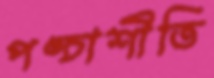
পঙ্চাশীতি